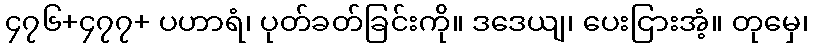
၄၇၆+၄၇၇+ ပဟာရံ၊ ပုတ်ခတ်ခြင်းကို။ ဒဒေယျ၊ ပေးငြားအံ့။ တုမှေ၊